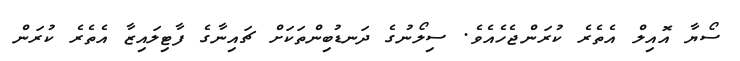
ސޯޔާ އޮއިލް އެތެރެ ކުރަންޖެހެއެވެ. ސިލޯނުގެ ދަނޑުބިންތަކަށް ޗައިނާގެ ފާޓިލައިޒާ އެތެރެ ކުރަން